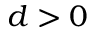
d > 0